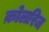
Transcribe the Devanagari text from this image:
क़ोलरिज